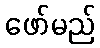
ဖော်မည်